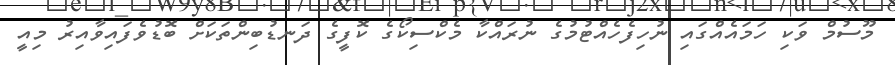
މޫސުމް ވަކި ހަމައެއްގައި ނުހިފެހެއްޓުމުގެ ނުރައްކާ މެކްސިކޯގެ ކޮފީގެ ދަނޑުބިންތަކަށް ބޮޑުވެފައިވާއިރު މިއީ